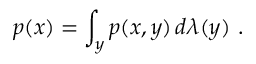
p ( x ) = \int _ { y } p ( x , y ) \, d \lambda ( y ) \mathrm { ~ . ~ }